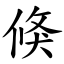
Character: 倏